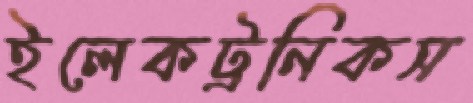
ইলেকট্রনিকস